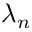
\lambda _ { n }